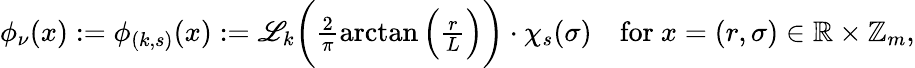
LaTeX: \begin{array}{r}{\phi_{\nu}(x):=\phi_{(k,s)}(x):=\mathscr{L}_{k}\bigg(\frac{2}{\pi}\arctan\Big(\frac{r}{L}\Big)\bigg)\cdot\chi_{s}(\sigma)\quad\mathrm{for}~x=(r,\sigma)\in\mathbb{R}\times\mathbb{Z}_{m},}\end{array}